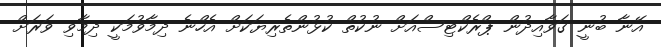
އޭނާ ބުނީ ގަވާއިދުން ޕްރެކްޓިސްއަށް ނުކުތް ކުޅުންތެރިޔަކަށް އެހްނެ ދިމާވުމަކީ ދިމާވި ވަރަށް